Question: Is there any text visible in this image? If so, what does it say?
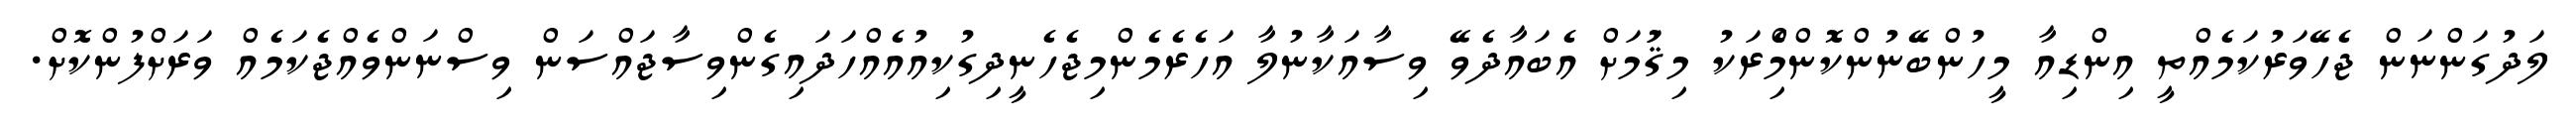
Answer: ލަދުގަންނަން ޖެހޭވަރުކަމެއްތީ އިންޑިއާ މީހުންބޭނުންކޮންމެްިރަކު މިޤަުމަށް އެބައާދެވޭ ވިސާއަކާނުލާ އަހެރެމެންމިޖެހެނީދިގުކިއުއެއްހަދައިގެންވިސާޖައްސަން ވިސްނަންވެއްޖެކަމެއް ވަރަށްފުންކޮށް.